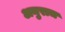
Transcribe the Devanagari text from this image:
अनुराज